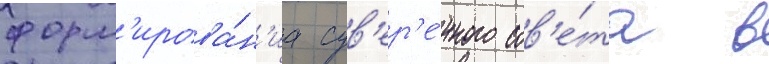
форм'ирова́н'иа сув'ер'е́нного сов'е́та в